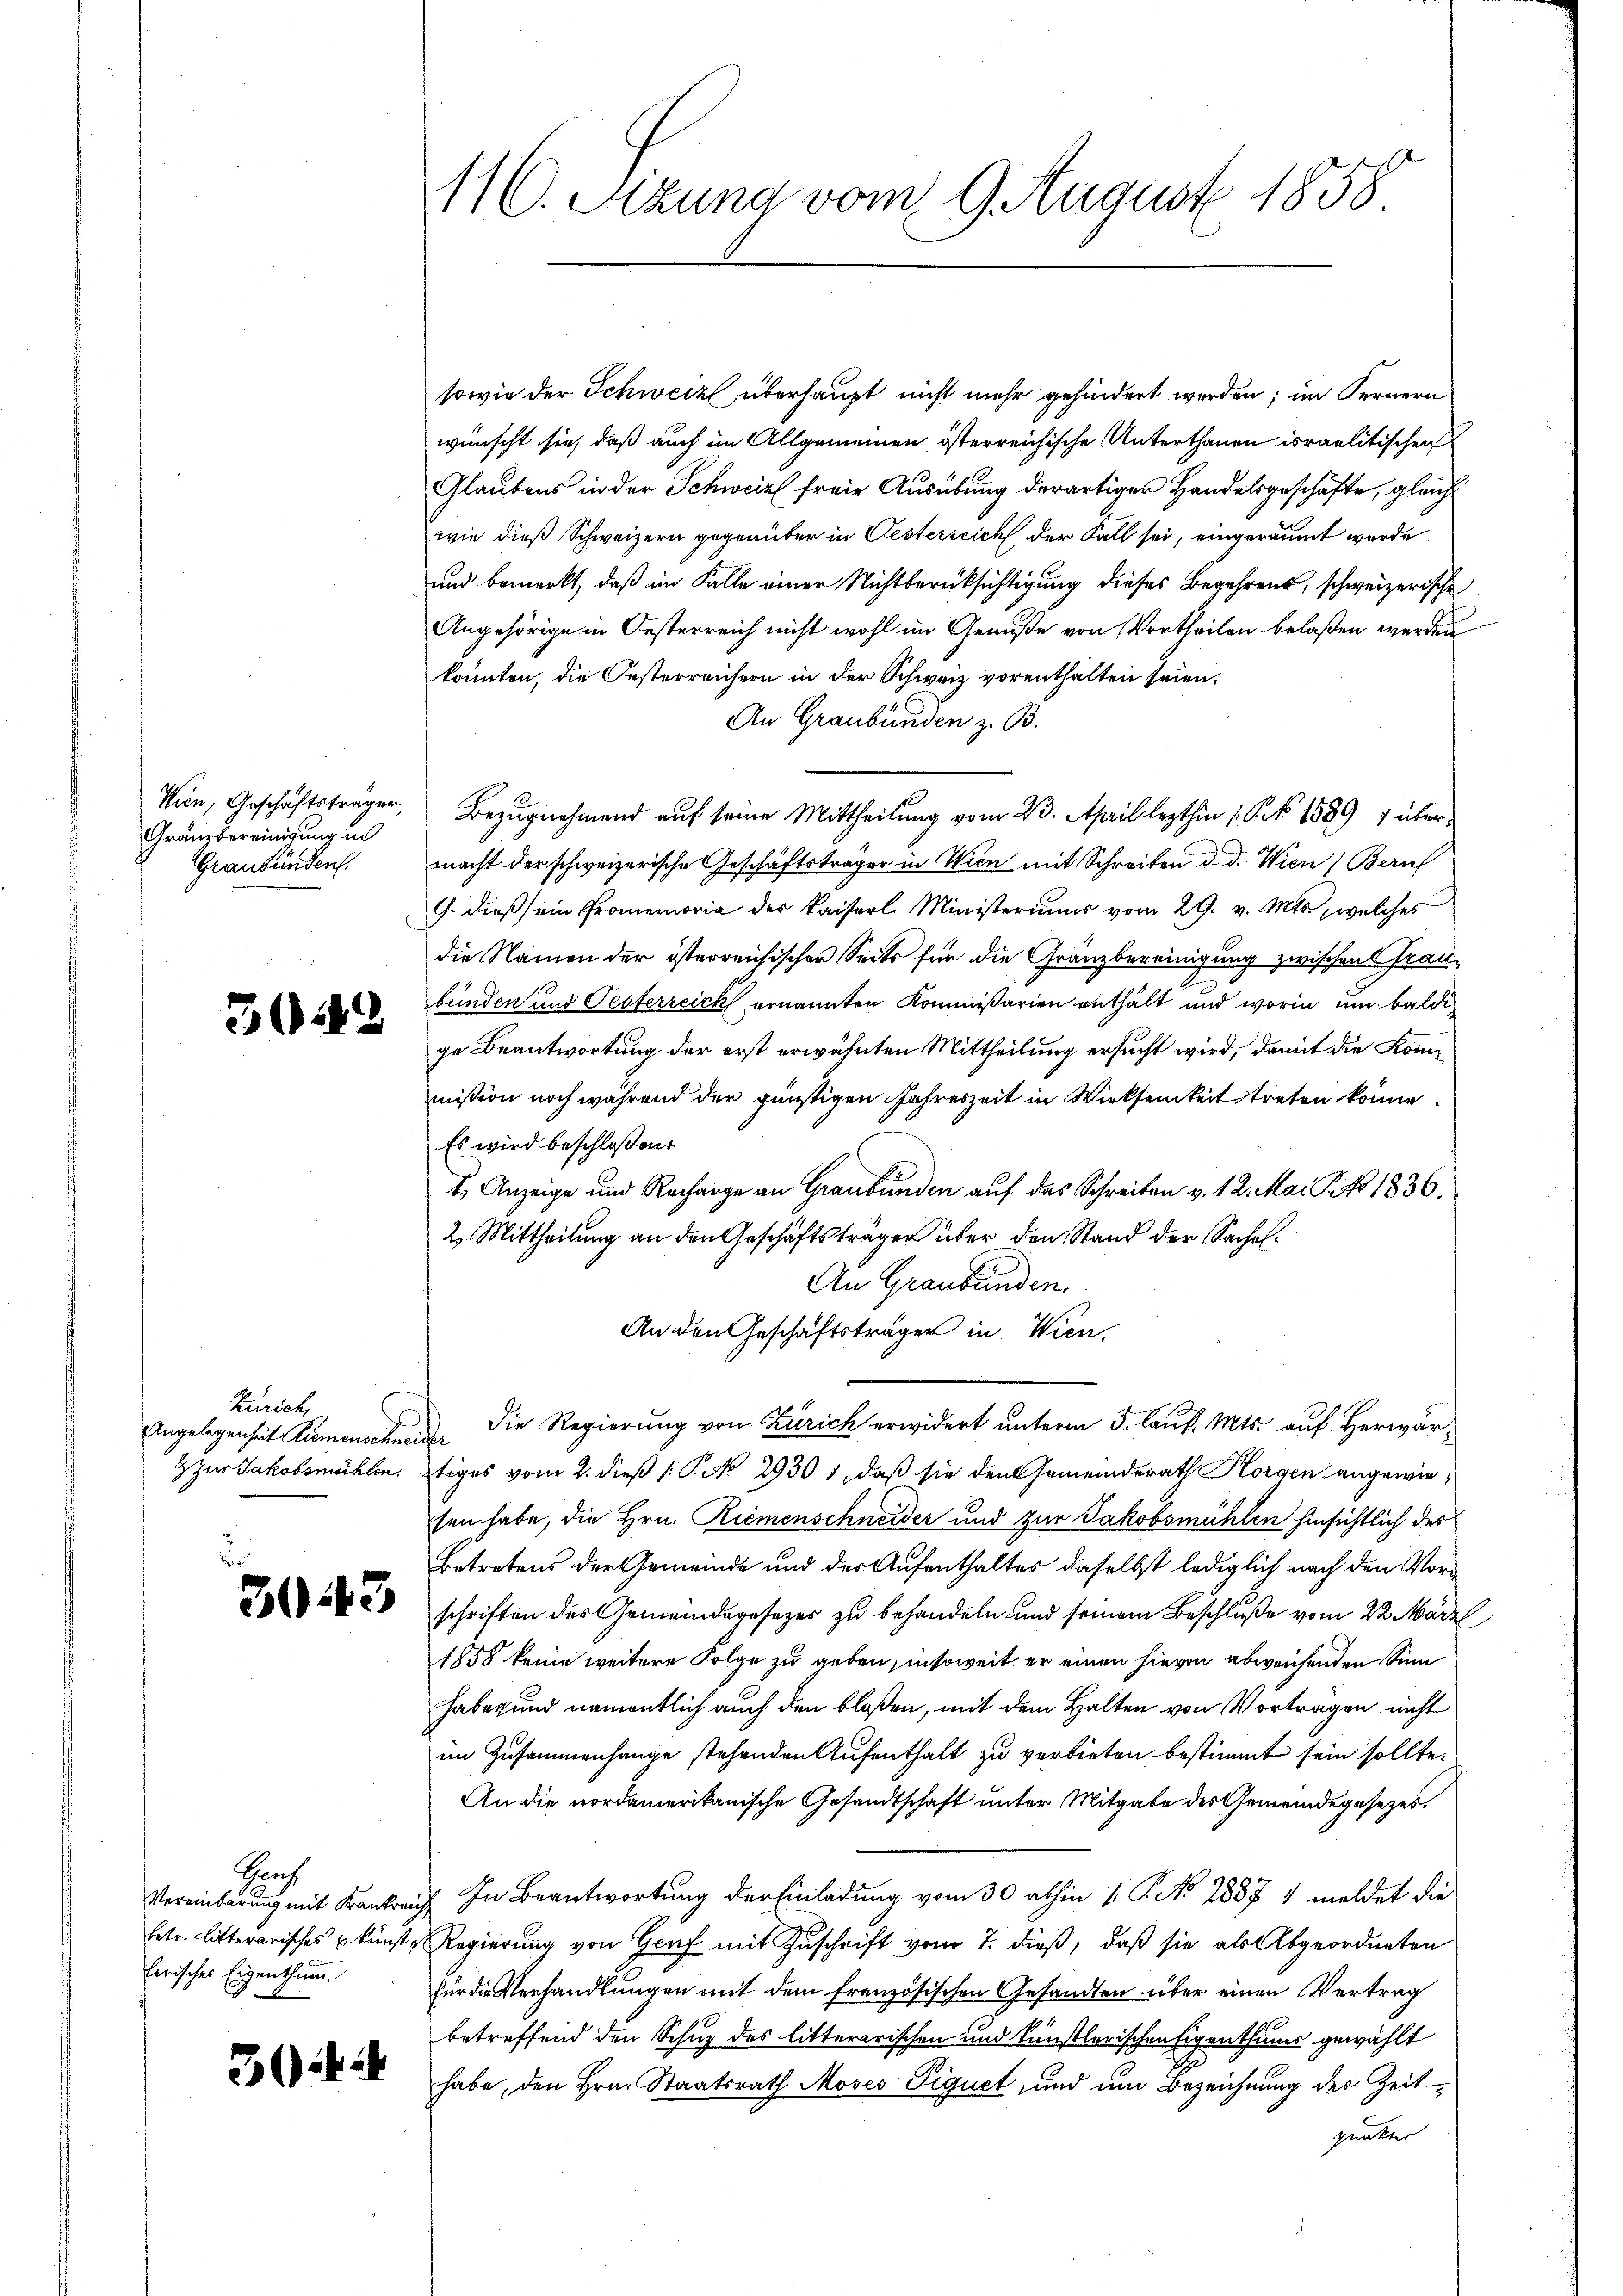
Wien, Geschäftsträger,
Gränzbereinigung in
Graubünden.

3.42

Zürich,
Angelegenheit Rumenschneie
& zur Jakobsmühlen,

3043

Nach
Vereinbarung mit Krankrei
betr. Litterarisches kunst g
herisches Eigenthum.

34 i

116. Sitzung vom 9. August 1858

sowie der Schweiz überhaupt nicht mehr gehindert werden; im Fernern
wünscht sie, daß auch im Allgemeinen österreichische Unterthanen israelitischen
Glaubens in der Schweiz freie Ausübung derartiger Handelsgeschäfte, gleich
wie dieß Schweizern gegenüber in Oesterreich der Fall sei, eingeräumt wurde
und bemerkt, daß im Falle einer Nichtberücksichtigung dieses Begehrens, schweizerische
Angehörige in Oesterreich nicht wohl im Genuße von Vortheilen belaßen werden
konnten, die Oesterreichern in der Schweiz vorenthalten seien.
An Graubünden z. B.
Bezugnehmend auf seine Mittheilung vom 23. April lezthin 1 S. 15891 übermacht der schweizerische Geschäftsträger in Wien mit Schreiben d. d. Wien) Beruf
G. dieß ein Promemoria des Kaiserl Ministeriums vom 29. v. Mts., welches
die Namen der österreichischen Seits für die Gränzbereinigung zwischen Graubünden und Testerreich ernannten Kommissarien enthält und worin um baldige Beantwortung der erst erwähnten Mittheilung ersucht wird, damit die Kommission noch während der günstigen Jahreszeit in Wirksamkeit treten könne
Es wird beschlossen:
I. Anzeige und Recharge an Graubünden auf das Schreiben v. 12. Mai G. No 1836.
2. Mittheilung an den Geschäftsträger über den Stand der Sachel.
An Graubünden
An den Geschäftsträger in Wien,
Die Regierung von Zürich erwidert unterm 5. Kauf. Mts. auf Herwar¬
7
tiges vom 2. dieß (: P. No. 2930. 1, daß sie den Gemeinderath Horgen angewiesen habe, die Hrn. Riemenschneider und zur Jakobsmühlen hinsichtlich des
betretens der Gemeinde und der Aufenthaltes daselbst lediglich nach den Vorschriften des Gemeindegesezes zu behandeln und seinem Beschluße vom 22. März
1858 keine weitere Folge zu geben, insoweit er einen hievon abweichenden Sinn
haben und namentlich auch den bloßen, mit dem Halten von Vortragen nicht
im Zusammenhange stehenden Aufenthalt zu verbieten bestimmt sein sollte.
An die nordamerikanische Gesandtschaft unter Mitgabe des Gemeindegesezes¬
In Beantwortung der Einladung vom 30 abhin 1. P. No 2887 1 meldet die
Regierung von Genf mit Zuschrift vom 7. dieß, daß sie als Abgeordneten
für die Verhandlungen mit dem französischen Gesandten über einen Vertrag
betreffend den Schuz des litterarischen und künstlerischen Eigenthums gewählt
habe, den Hrn. Staatsrath Moses Piquet und um Bezeichnung der Zeitpunkter